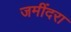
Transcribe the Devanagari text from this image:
जमींदरा